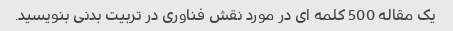
یک مقاله 500 کلمه ای در مورد نقش فناوری در تربیت بدنی بنویسید.